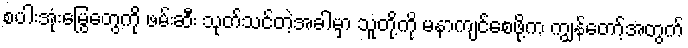
စပါးအုံးမြွေတွေကို ဖမ်းဆီး သုတ်သင်တဲ့အခါမှာ သူတို့ကို မနာကျင်စေဖို့က ကျွန်တော့်အတွက်